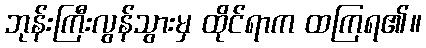
ဘုန်းကြီးလွန်သွားမှ ထိုင်ရာက ထကြရ၏။